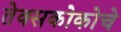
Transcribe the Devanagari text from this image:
तेक्सकोकोचे